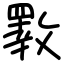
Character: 斁